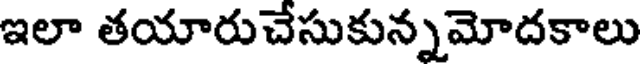
ఇలా తయారుచేసుకున్నమోదకాలు